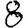
Digit: 8